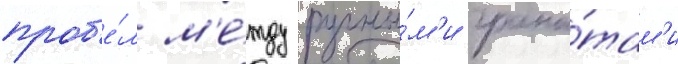
проб'е́л м'е́жду ручны́м'и грана́там'и